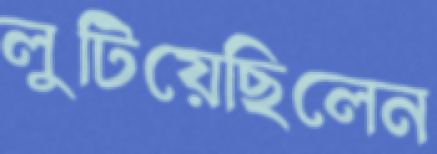
লুটিয়েছিলেন